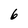
Character: 6